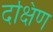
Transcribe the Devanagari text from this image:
दक्षिण्‍ा